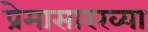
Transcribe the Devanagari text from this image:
प्रेमासारख्या